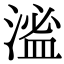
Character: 㴵